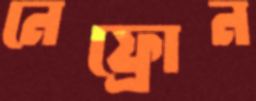
নেফ্রোন